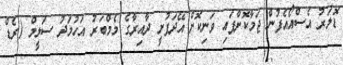
ޑޮލަރު އެސްއޯއެފުން ޖަމާކޮށްފައި ވަނިކޮށް އޭދަފުށީ ދާއިރާގެ މެމްބަރު އަހުމަދު ސަލީމް (ރެޑް